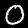
Label: 0